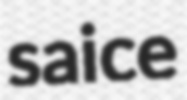
saice